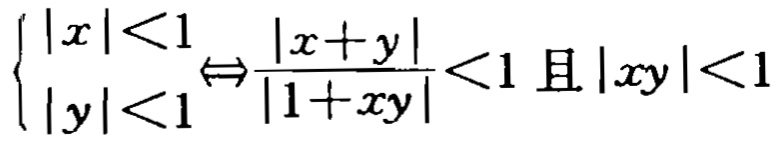
$\left\{\begin{array}{l}|x|<1 \\ |y|<1\end{array}\right\} \Leftrightarrow \frac{|x + y|}{|1 + xy|}<1 \text{ 且 }|xy|<1$